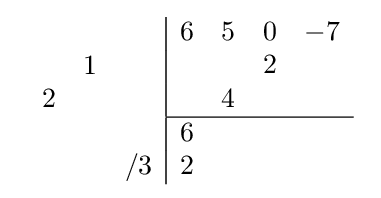
{\begin{array}{cc}{\begin{array}{rrr}\\&1&\\2&&\\\\&&/3\\\end{array}}{\begin{array}{|rrrr}6&5&0&-7\\&&2&\\&4&&\\\hline 6&&&\\2&&&\\\end{array}}\end{array}}